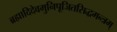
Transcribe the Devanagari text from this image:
ब्रह्मादिदेवमुनिपूजितसिद्धमन्त्रम्